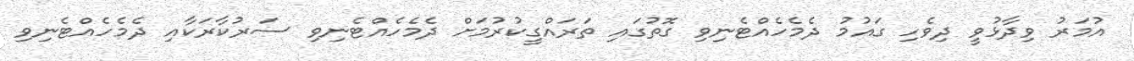
އުމަރު ވިދާޅުވީ ދިވެހި ގައުމު ދެމެހެއްޓެނިވި ގޮތުގައި ތަރައްގީކުރުމަށް ދެމެހެއްޓެނިވި ސަރުކާރަކާއި ދެމެހެއްޓެނިވި